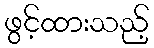
ဖွင့်ထားသည့်